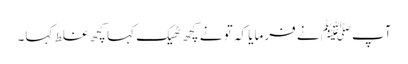
آپﷺ نے فرمایا کہ تو نے کچھ ٹھیک کہا کچھ غلط کہا۔